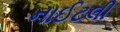
નાઈટલી